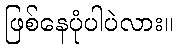
ဖြစ်နေပုံပါပဲလား။